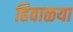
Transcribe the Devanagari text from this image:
हिवाळया